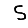
Digit: 5